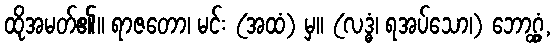
ထိုအမတ်၏။ ရာဇတော၊ မင်း (အထံ) မှ။ (လဒ္ဓံ၊ ရအပ်သော၊) ဘောဂ္ဂ္ထံ,